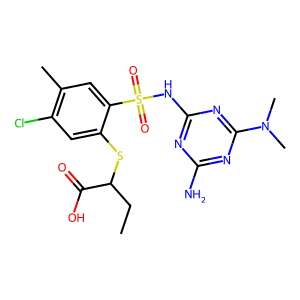
SMILES: CCC(Sc1cc(Cl)c(C)cc1S(=O)(=O)Nc1nc(N)nc(N(C)C)n1)C(=O)O
Inhibits HIV replication: No